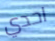
احدي